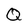
Character: Q